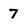
Character: 7